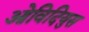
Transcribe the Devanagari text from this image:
ओविदियुस